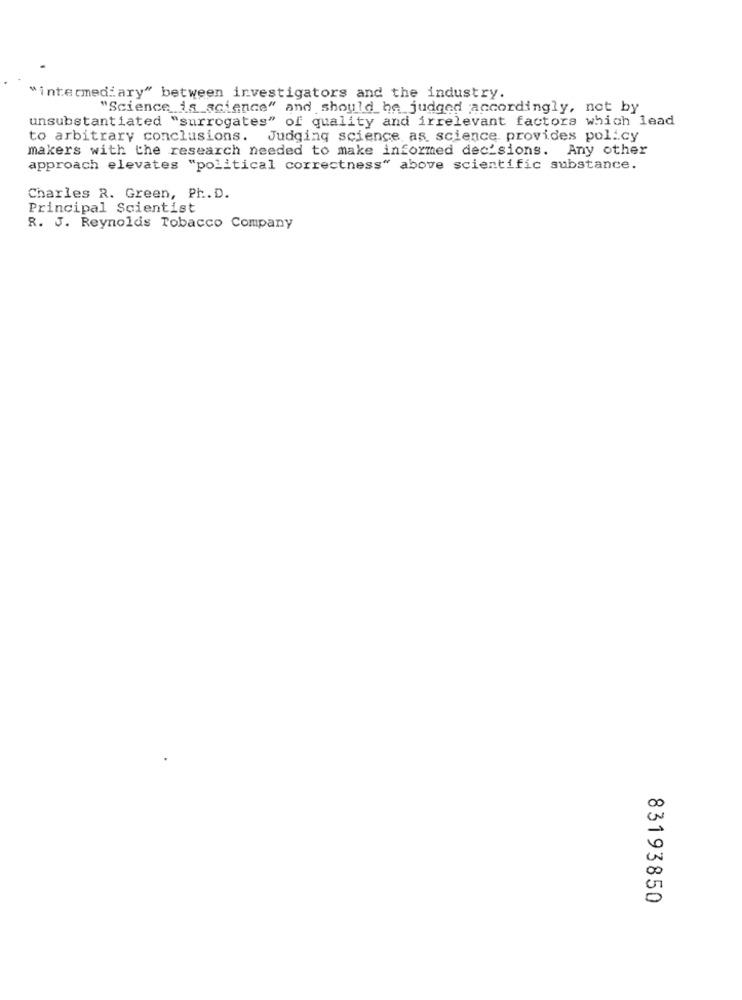
"intermediary" between investigators and the industry.
"Science is science" and should be judged accordingly, not by
unsubstantiated "surrogates" of quality and irrelevant factors which lead
to arbitrary conclusions. Judging science as science provides policy
makers with the research needed to make informed decisions. Any other
approach elevates "political correctness" above scientific substance.
Charles R. Green, Ph. D.
Principal Scientist
R. J. Reynolds Tobacco Company
00
0
00
83193850